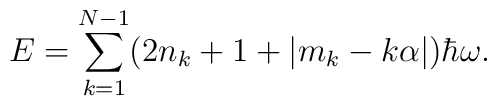
E = \sum_{k=1}^{N-1}(2n_{k} + 1 +|m_{k} - k\alpha|)\hbar\omega.